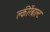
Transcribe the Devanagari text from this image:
क्लीरेंबाल्ट